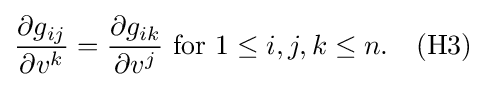
{\frac {\partial g_{ij}}{\partial v^{k}}}={\frac {\partial g_{ik}}{\partial v^{j}}}{\mbox{ for }}1\leq i,j,k\leq n.\quad {\mbox{(H3)}}